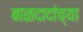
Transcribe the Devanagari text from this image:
बाळदादांच्या